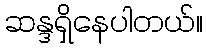
ဆန္ဒရှိနေပါတယ်။